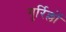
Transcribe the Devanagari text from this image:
गुर्रिल्लों